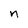
Character: n